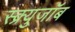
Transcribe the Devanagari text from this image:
स्क्र्युजॉब